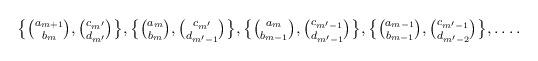
LaTeX: \begin{align*}\textstyle\bigl\{\binom{a_{m+1}}{b_m},\binom{c_{m'}}{d_{m'}}\bigr\},\bigl\{\binom{a_m}{b_m},\binom{c_{m'}}{d_{m'-1}}\bigr\},\bigl\{\binom{a_m}{b_{m-1}},\binom{c_{m'-1}}{d_{m'-1}}\bigr\},\bigl\{\binom{a_{m-1}}{b_{m-1}},\binom{c_{m'-1}}{d_{m'-2}}\bigr\},\ldots.\end{align*}